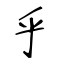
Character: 乎